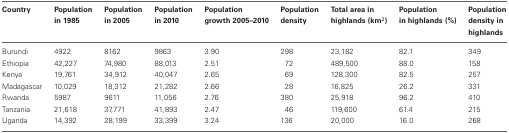
<table><thead><tr><td><b>Country</b></td><td><b>Population in 1985</b></td><td><b>Population in 2005</b></td><td><b>Population in 2010</b></td><td><b>Population growth 2005–2010</b></td><td><b>Population density</b></td><td><b>Total area in highlands (km<sup>2</sup>)</b></td><td><b>Population in highlands (%)</b></td><td><b>Population density in highlands</b></td></tr></thead><tbody><tr><td>Burundi</td><td>4922</td><td>8162</td><td>9863</td><td>3.90</td><td>298</td><td>23,182</td><td>82.1</td><td>349</td></tr><tr><td>Ethiopia</td><td>42,227</td><td>74,980</td><td>88,013</td><td>2.51</td><td>72</td><td>489,500</td><td>88.0</td><td>158</td></tr><tr><td>Kenya</td><td>19,761</td><td>34,912</td><td>40,047</td><td>2.65</td><td>69</td><td>128,300</td><td>82.5</td><td>257</td></tr><tr><td>Madagascar</td><td>10,029</td><td>18,312</td><td>21,282</td><td>2.66</td><td>28</td><td>16,825</td><td>26.2</td><td>331</td></tr><tr><td>Rwanda</td><td>5987</td><td>9611</td><td>11,056</td><td>2.76</td><td>380</td><td>25,918</td><td>96.2</td><td>410</td></tr><tr><td>Tanzania</td><td>21,618</td><td>37,771</td><td>41,893</td><td>2.47</td><td>46</td><td>119,600</td><td>61.4</td><td>215</td></tr><tr><td>Uganda</td><td>14,392</td><td>28,199</td><td>33,399</td><td>3.24</td><td>136</td><td>20,000</td><td>16.0</td><td>268</td></tr></tbody></table>